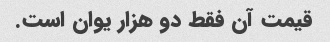
قیمت آن فقط دو هزار یوان است.